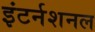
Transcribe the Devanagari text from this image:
इंटर्नशनल